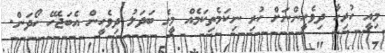
މިއީ ހުރިހާ ދިވެހީންނަށް ހުރި ނިކަމެތިކަމެއް މީގެ ބަދަލު ދިވެހީން އެބަޖެހޭ ހޯދަން.